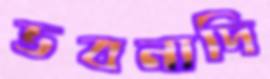
ভবনাদি